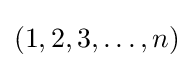
(1,2,3,\dots ,n)